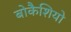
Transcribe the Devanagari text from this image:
बोकैशियो